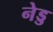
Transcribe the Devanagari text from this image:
नेड्ड